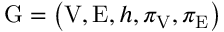
\mathrm { G } = \left( \mathrm { V } , \mathrm { E } , h , \pi _ { \mathrm { V } } , \pi _ { \mathrm { E } } \right)